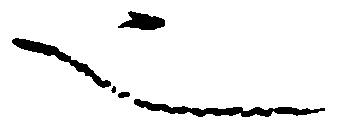
也